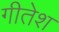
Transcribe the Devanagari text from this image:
गीतेश